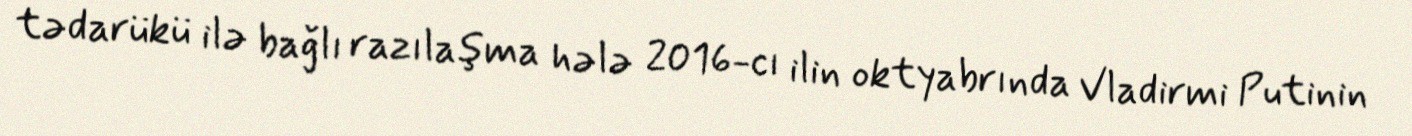
tədarükü ilə bağlı razılaşma hələ 2016-cı ilin oktyabrında Vladirmi Putinin